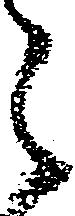
之